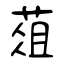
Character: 葅